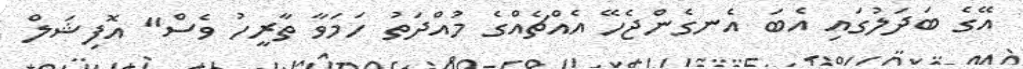
އޭގެ ބަދަލުގައި އެބަ އެނގެންޖެހޭ އެއްޗެއްގެ މުއްދަތު ހަމަވާ ތާރީހު ވެސް" އޮފިޝަލް